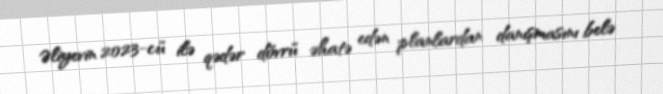
Əliyevin 2023-cü ilə qədər dövrü əhatə edən planlardan danışmasını belə